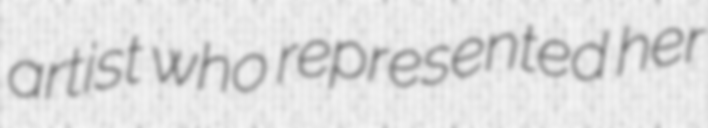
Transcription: artist who represented her